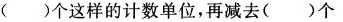
( )个这样的计数单位，再减去( )个